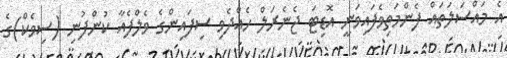
އެ މައްސަލަތައް ފެންމަތިވެފައިވަނީ އޮޑިޓަ ޖެނެރަލް ހެއްދެވި ސިފައިންގެ ވެލްފެއާ ކުންފުނި (ސިވެކް)ގެ